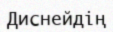
Диснейдің